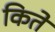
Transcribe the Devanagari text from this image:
किते